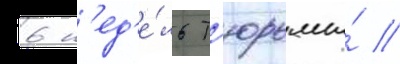
6 н'ед'е́ль т'юрьмы́ //